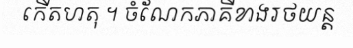
កើតហតុ ។ ចំណែកភាគីខាងរថយន្ត